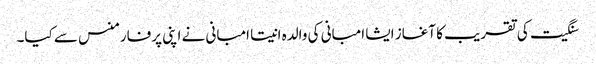
سنگیت کی تقریب کا آغاز ایشا امبانی کی والدہ انیتا امبانی نے اپنی پرفارمنس سے کیا۔